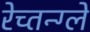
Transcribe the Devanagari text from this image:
रेच्तन्ग्ले